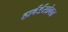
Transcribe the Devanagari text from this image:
हार्वर्डसोबत